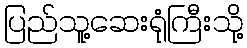
ပြည်သူ့ဆေးရုံကြီးသို့